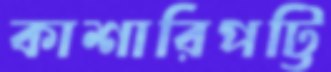
কাশারিপট্টি